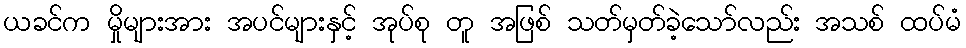
ယခင်က မှိုများအား အပင်များနှင့် အုပ်စု တူ အဖြစ် သတ်မှတ်ခဲ့သော်လည်း အသစ် ထပ်မံ